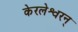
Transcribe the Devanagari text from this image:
केरलेश्वरन्